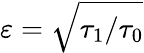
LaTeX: \varepsilon=\sqrt{\tau_{1}/\tau_{0}}